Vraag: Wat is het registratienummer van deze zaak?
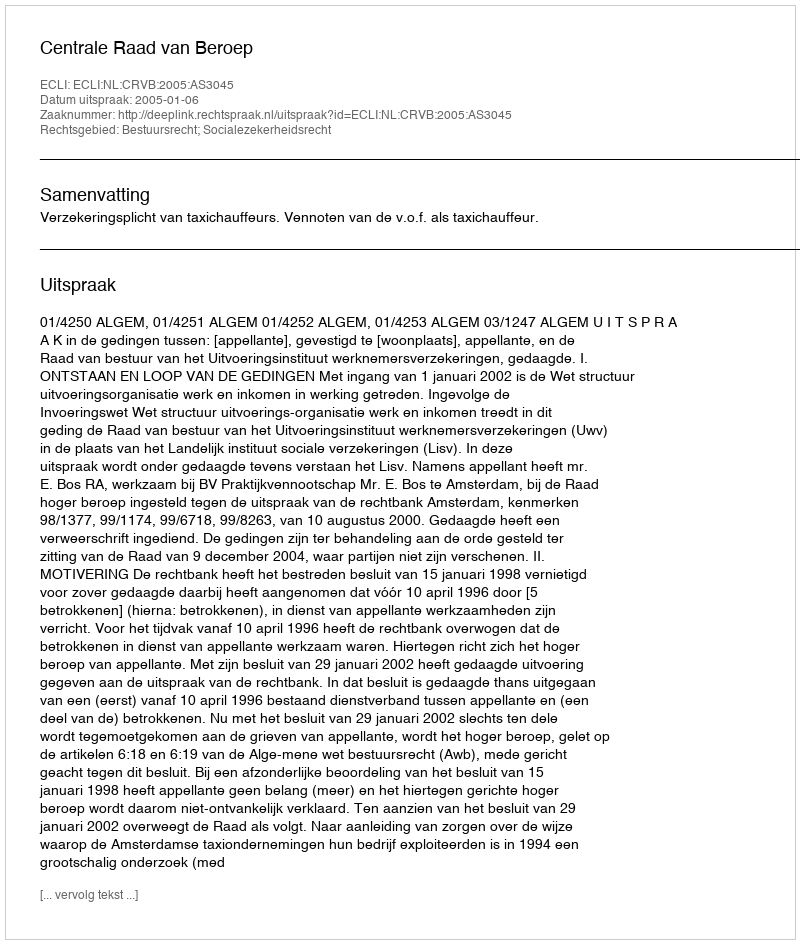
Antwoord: http://deeplink.rechtspraak.nl/uitspraak?id=ECLI:NL:CRVB:2005:AS3045